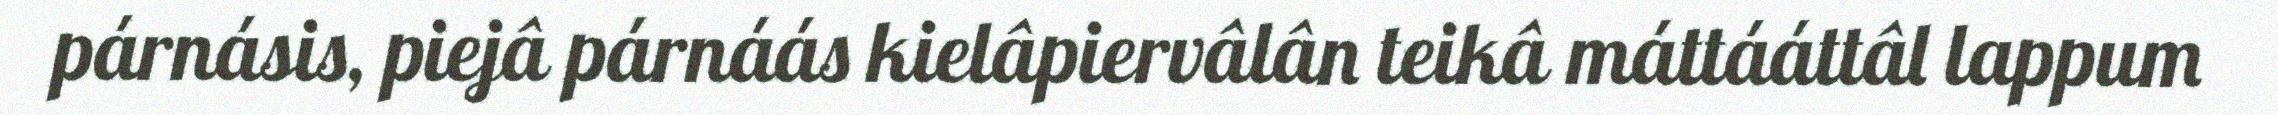
párnásis, piejâ párnáás kielâpiervâlân teikâ máttááttâl lappum